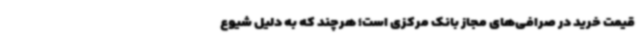
قیمت خرید در صرافی‌های مجاز بانک مرکزی است؛ هرچند که به دلیل شیوع